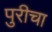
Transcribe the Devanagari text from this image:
पुरीचा